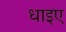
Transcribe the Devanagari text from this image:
धाइए